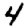
Digit: 4